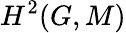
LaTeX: H^{2}(G,M)